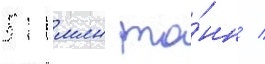
511 млн то́нн /